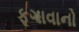
ફૂગાવાનો